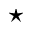
\star